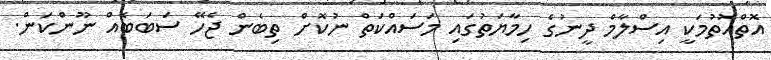
އޮތްއޮތުމަކީ އިސްލާމް ދީނުގެ ހިމާޔަތުގައި މަސައްކަތް ނުކޮށް ތިބެން ޖެހޭ ސަބަބެއް ނޫންކަން.